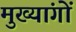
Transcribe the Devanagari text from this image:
मुख्यांगों